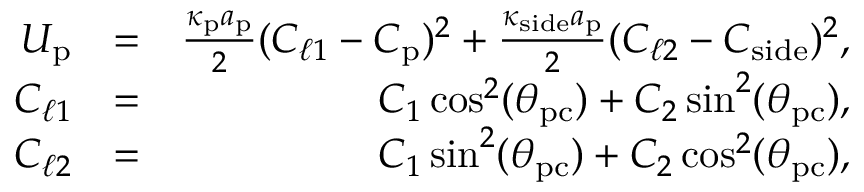
\begin{array} { r l r } { U _ { \mathrm { p } } } & { = } & { \frac { \kappa _ { \mathrm { p } } a _ { \mathrm { p } } } { 2 } ( C _ { \ell 1 } - C _ { \mathrm { p } } ) ^ { 2 } + \frac { \kappa _ { \mathrm { s i d e } } a _ { \mathrm { p } } } { 2 } ( C _ { \ell 2 } - C _ { \mathrm { s i d e } } ) ^ { 2 } , } \\ { C _ { \ell 1 } } & { = } & { C _ { 1 } \cos ^ { 2 } ( \theta _ { \mathrm { p c } } ) + C _ { 2 } \sin ^ { 2 } ( \theta _ { \mathrm { p c } } ) , } \\ { C _ { \ell 2 } } & { = } & { C _ { 1 } \sin ^ { 2 } ( \theta _ { \mathrm { p c } } ) + C _ { 2 } \cos ^ { 2 } ( \theta _ { \mathrm { p c } } ) , } \end{array}